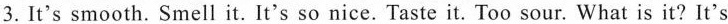
3. It's smooth. Smell it. It's so nice. Taste it. Too sour. What is it?It's